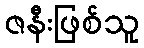
ဇနီးဖြစ်သူ